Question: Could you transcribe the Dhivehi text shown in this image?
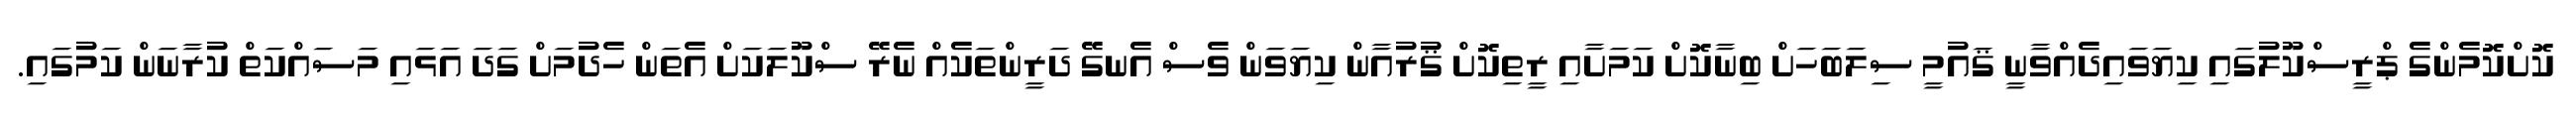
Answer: ކޮށްކޮމެންގެ ޕްރީސްކޫލުގައި ކިޔަވައިދެއްވާނީ ޤައުމީ ސިލަބަހަށް ބިނާކޮށް ކަމަށާއި ރީތިކޮށް ޤުރުއާން ކިޔަވަން ވެސް އެނގޭ ދަރީންތަކެއް ނެރޭ ސްކޫލަކަށް އެތަން ހެދުމަށް ގަދަ އަޅައި މަސައްކަތް ކުރާނަން ކަމުގައި.